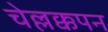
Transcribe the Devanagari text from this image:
चेल्लक्कपन